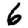
Digit: 6